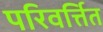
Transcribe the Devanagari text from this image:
परिवर्त्तित